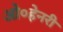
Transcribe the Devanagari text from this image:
ओ०हेनरी